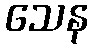
သေန